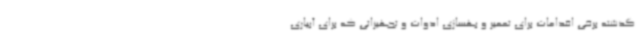
گذشته برخی اقدامات برای تعمیر و بهسازی ادوات و تجهیزاتی که برای آبیاری